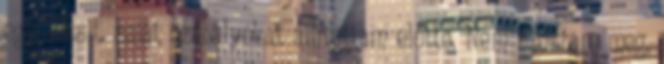
egy kicsit. saját szabályokat állítottam előtte. Nem szoktam meg,